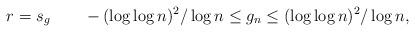
LaTeX: \begin{align*}r = s_g\qquad-(\log \log n)^2 / \log n \le g_n \le (\log \log n)^2 / \log n,\end{align*}